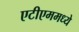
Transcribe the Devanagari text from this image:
एटीएममध्ये